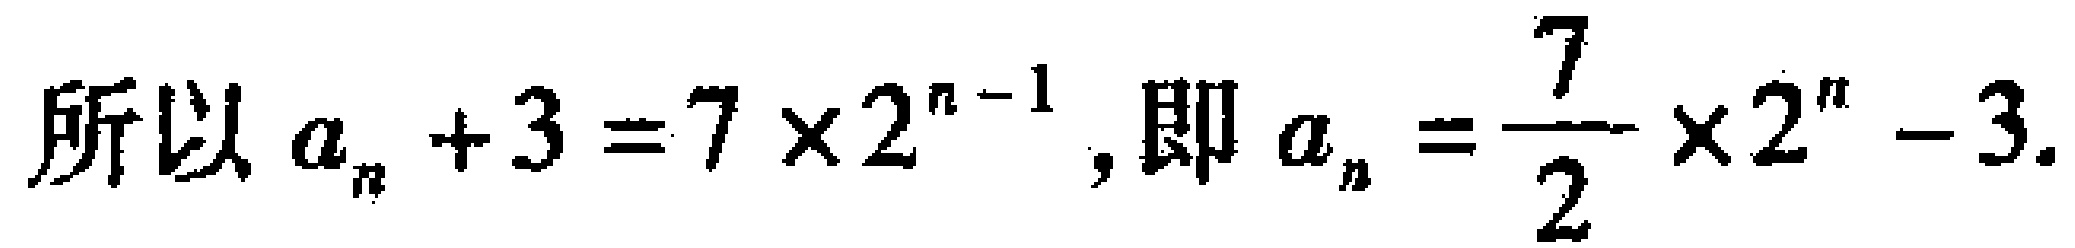
所以 \(a_{n}+3 = 7\times2^{n - 1}\), 即 \(a_{n}=\frac{7}{2}\times2^{n}-3\).